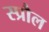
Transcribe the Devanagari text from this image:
स्प्रौल